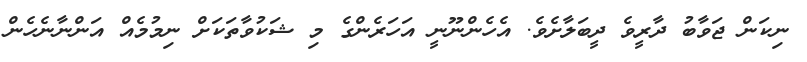
ނިކަން ޖަވާބު ދާރީވެ ދީބަލާށެވެ. އެހެންނޫނީ އަހަރެންގެ މި ޝަކުވާތަކަށް ނިމުމެއް އަންނާނެހެން